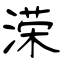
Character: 溁